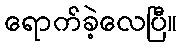
ရောက်ခဲ့လေပြီ။